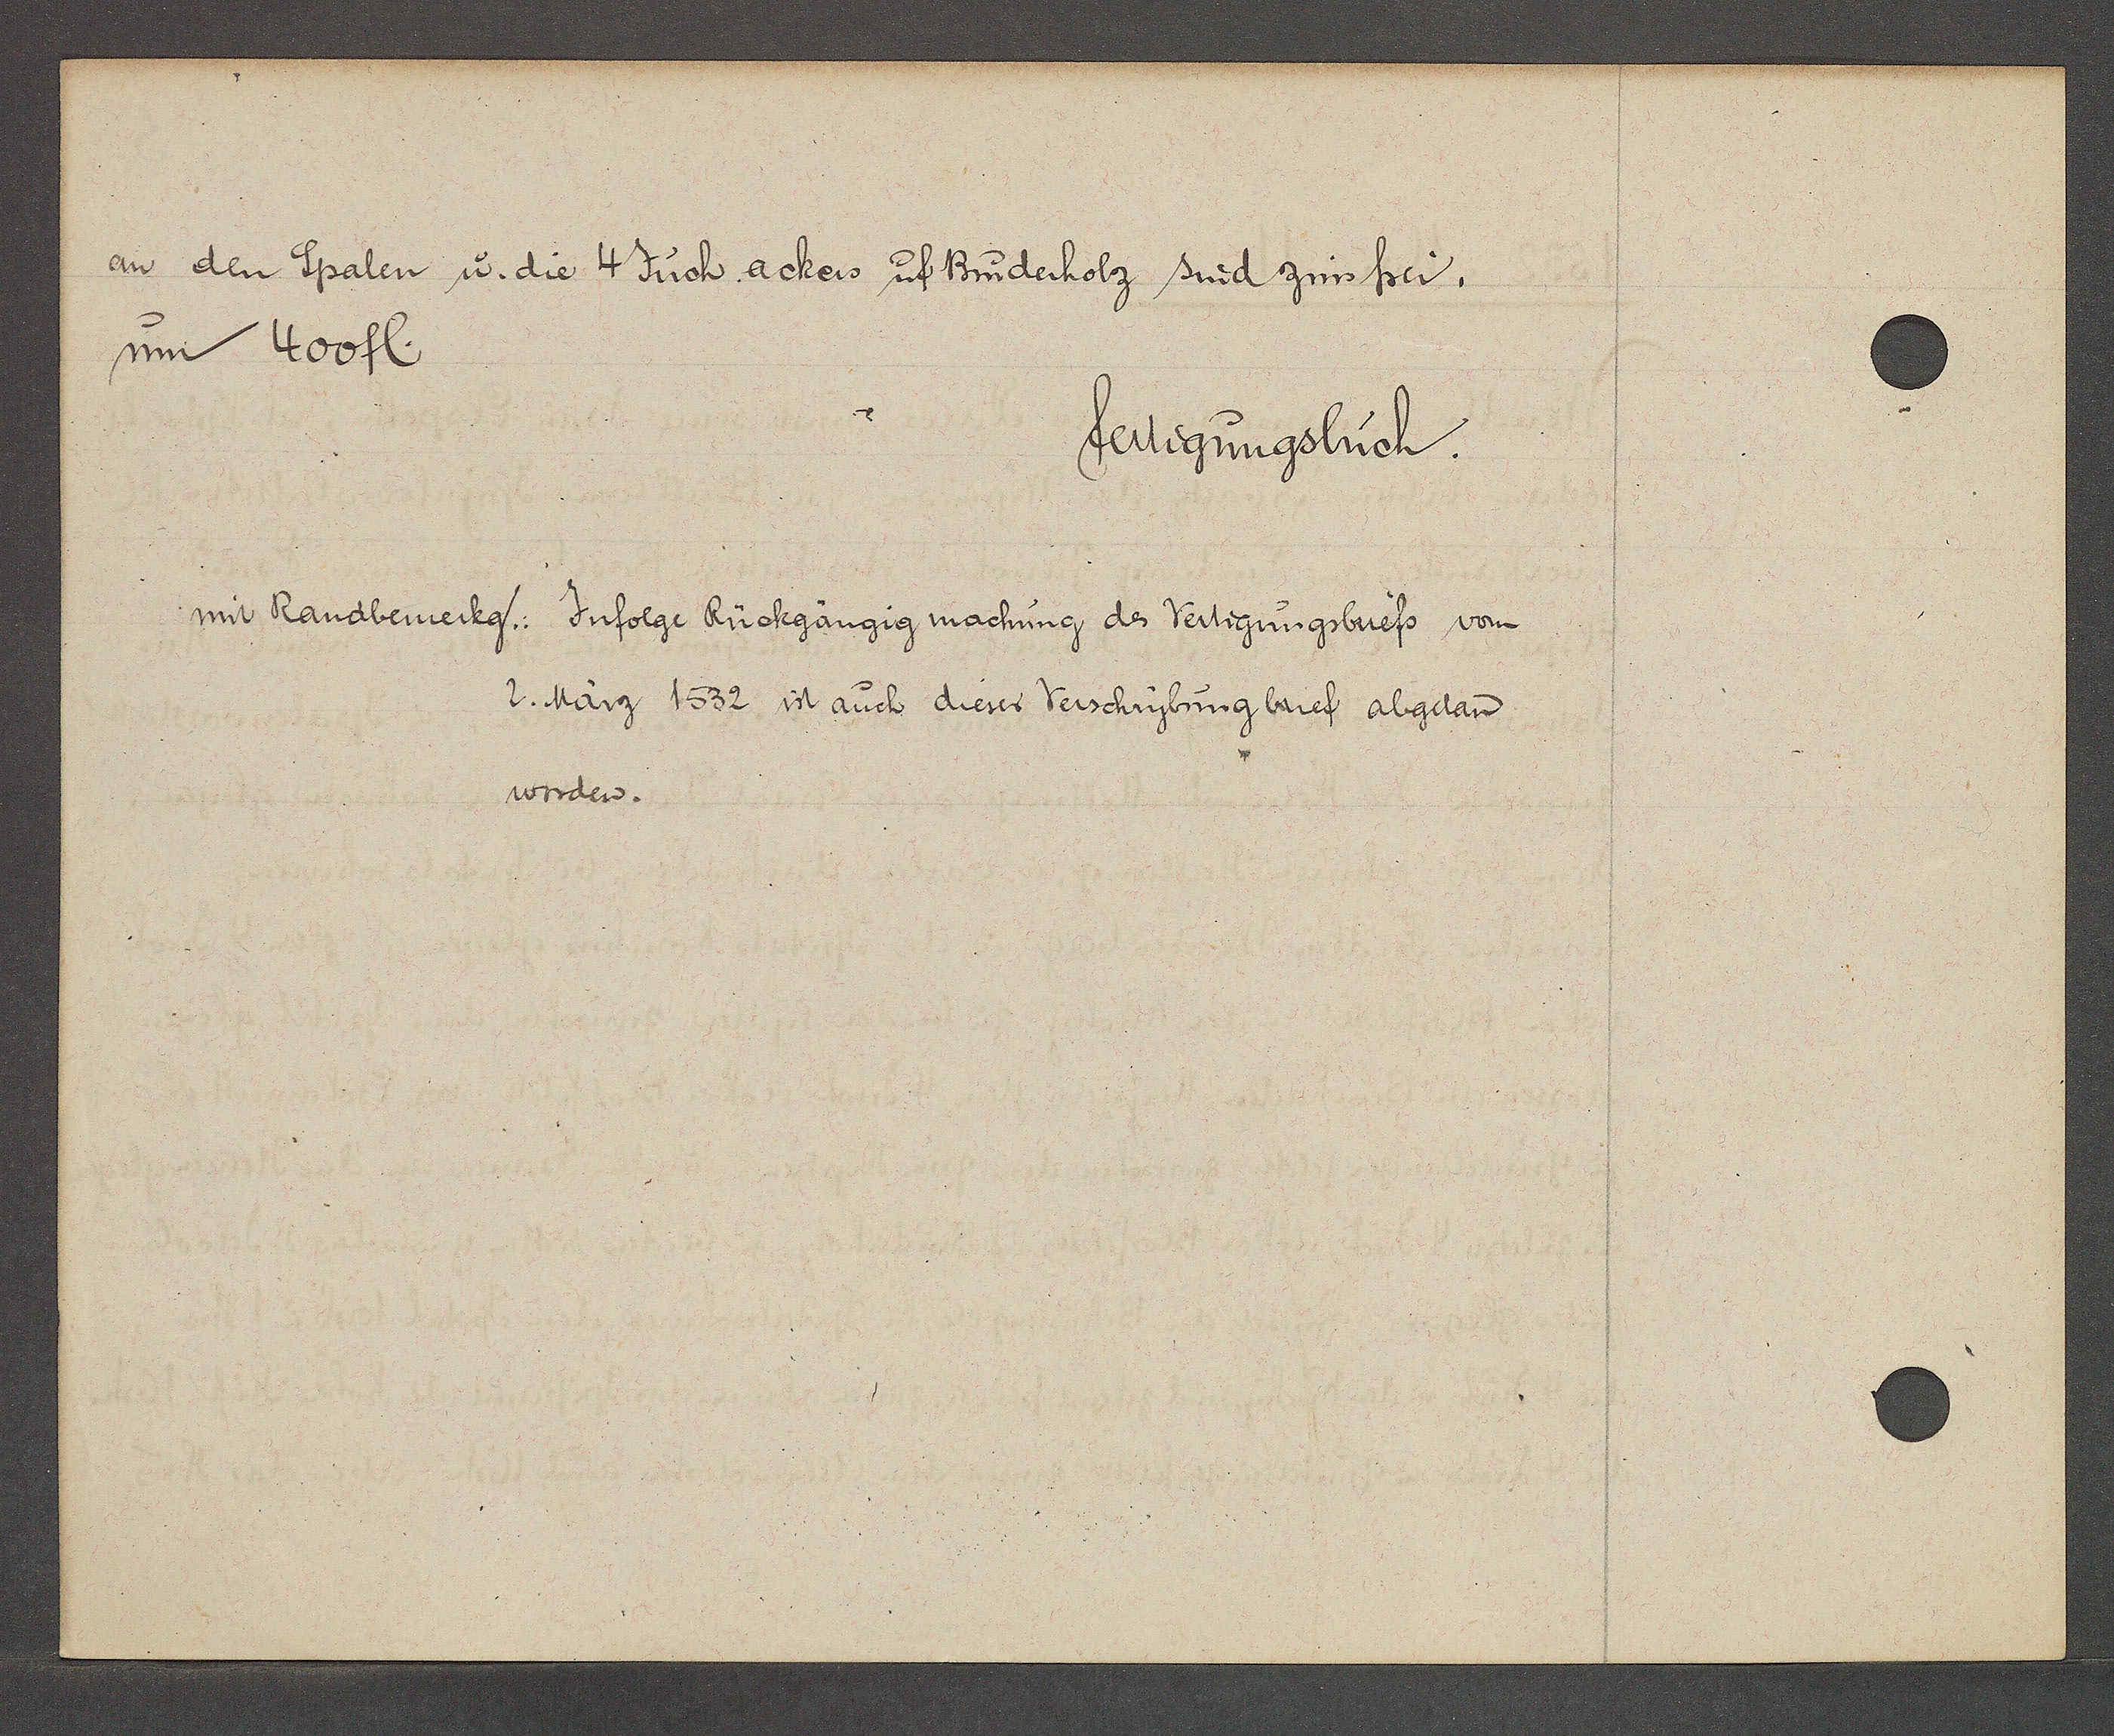
Transcript:
an den Spalen u. die 4 Juch ackers uf Bruderholz sind zinsfrei,
um 400 fl.

fertigungsbuch.

mit Randbemerkung.: Infolge Rückgängig machung des Verrtigungsbriefs von
2. März 1532 ist auch dieser Verschrybung brief abgetan
worden.